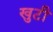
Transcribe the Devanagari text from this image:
खुटी